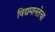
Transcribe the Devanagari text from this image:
विद्यमानतेचा